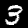
Digit: 3